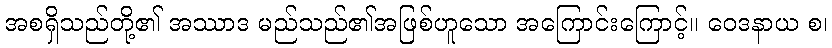
အစရှိသည်တို့၏ အဿာဒ မည်သည်၏အဖြစ်ဟူသော အကြောင်းကြောင့်။ ဝေဒနာယ စ၊